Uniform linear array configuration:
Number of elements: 24
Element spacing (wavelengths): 0.75
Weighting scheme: cosine
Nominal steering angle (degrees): -15
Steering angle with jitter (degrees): -16.526
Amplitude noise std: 0.05
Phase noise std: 0.05

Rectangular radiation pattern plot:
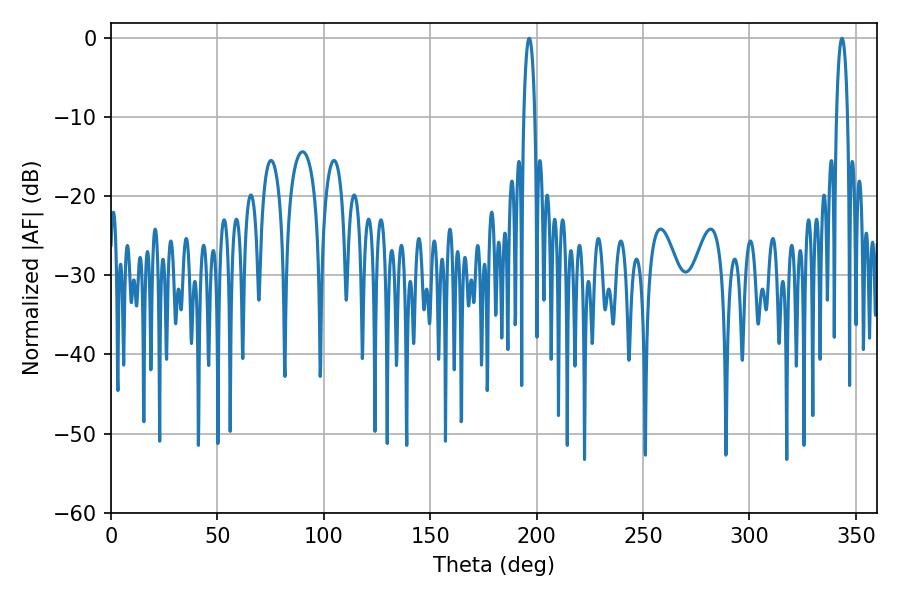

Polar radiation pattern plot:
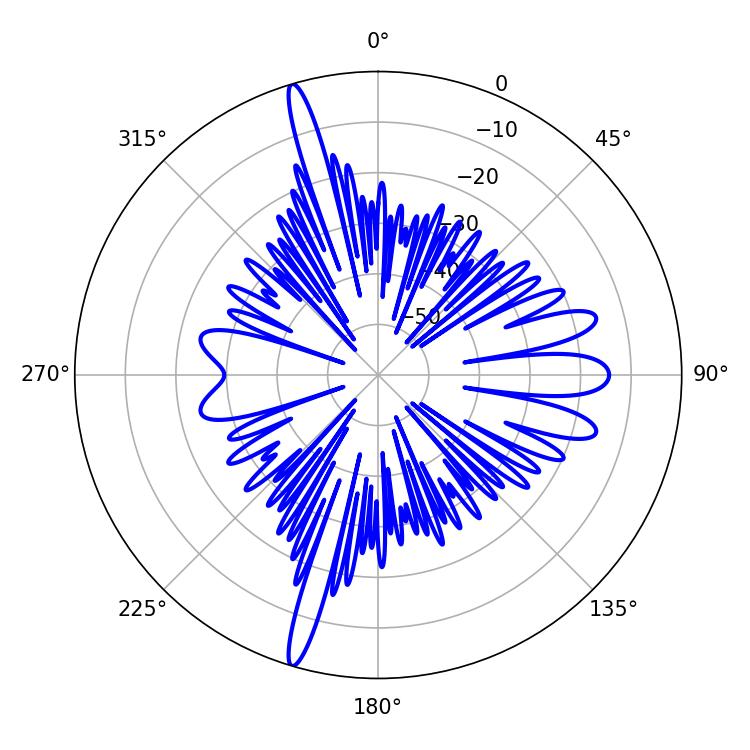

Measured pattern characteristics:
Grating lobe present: TRUE
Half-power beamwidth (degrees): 2.88
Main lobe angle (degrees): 196.56